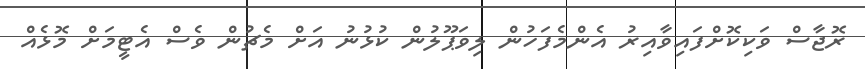
ރޮޖާސް ވަކިކޮށްފައިވާއިރު އެންމެފަހުން ލިވަޕޫލުން ކުޅުނު އަށް މެޗުން ވެސް އެޓީމަށް މޮޅެއް